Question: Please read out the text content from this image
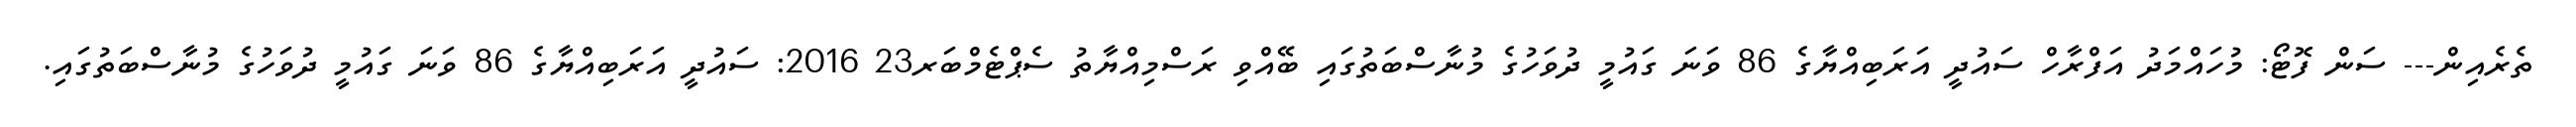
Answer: ތެރެއިން--- ސަން ފޮޓޯ: މުހައްމަދު އަފްރާހް ސައުދީ އަރަބިއްޔާގެ 86 ވަނަ ގައުމީ ދުވަހުގެ މުނާސްބަތުގައި ބޭއްވި ރަސްމިއްޔާތު ސެޕްޓެމްބަރ23 2016: ސައުދީ އަރަބިއްޔާގެ 86 ވަނަ ގައުމީ ދުވަހުގެ މުނާސްބަތުގައި.